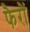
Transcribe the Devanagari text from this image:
फैरों